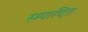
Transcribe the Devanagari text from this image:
स्म्पादित